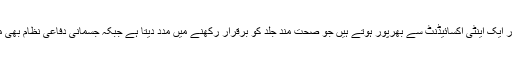
بادام وٹامن ای اور ایک اینٹی آکسائیڈنٹ سے بھرپور ہوتے ہیں جو صحت مند جلد کو برقرار رکھنے میں مدد دیتا ہے جبکہ جسمانی دفاعی نظام بھی مضبوط بناتا ہے۔